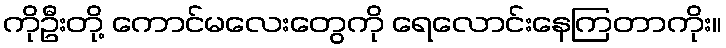
ကိုဦးတို့ ကောင်မလေးတွေကို ရေလောင်းနေကြတာကိုး။